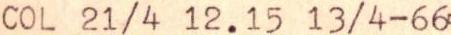
COL 21/4 12.15 13/4-66